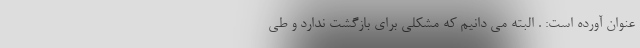
عنوان آورده است: . البته می دانیم که مشکلی برای بازگشت ندارد و طی